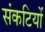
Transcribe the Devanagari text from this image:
संकटियों